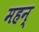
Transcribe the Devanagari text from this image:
महन्